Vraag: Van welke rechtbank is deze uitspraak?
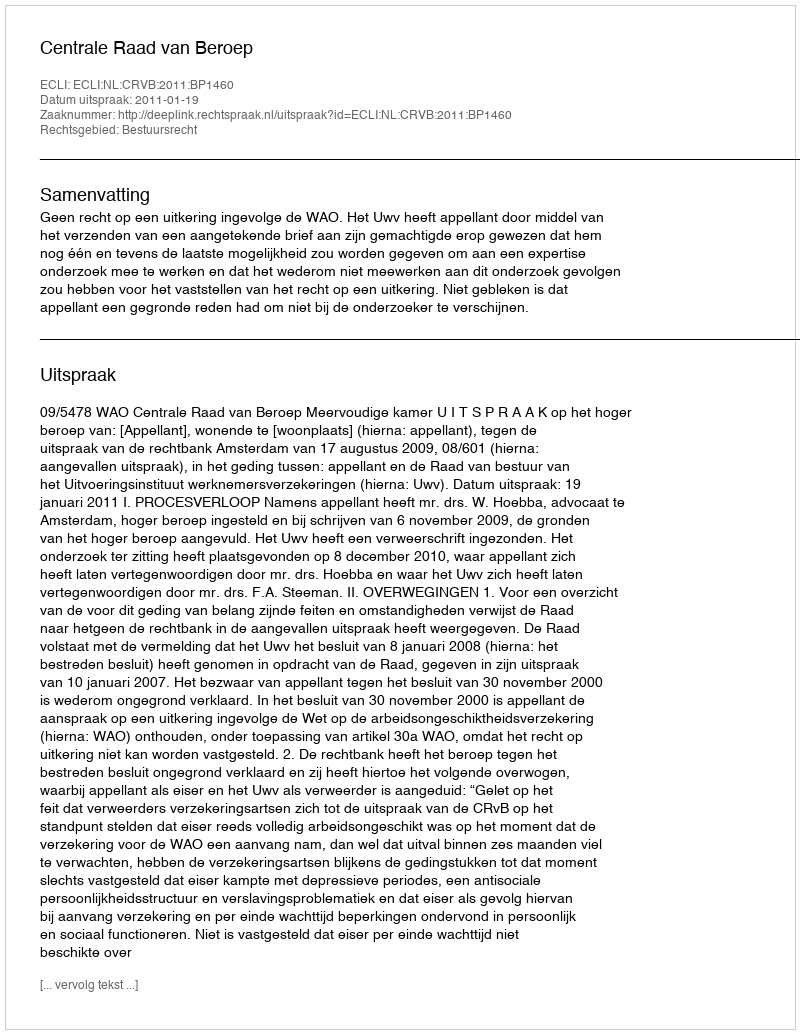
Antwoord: Centrale Raad van Beroep